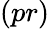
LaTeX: (pr)